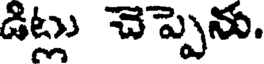
డిట్లు చెప్పెను.